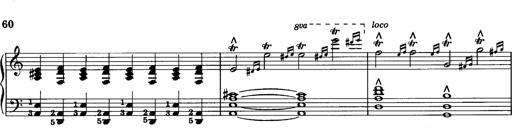
Title: La romanesca
Composer: Franz Liszt